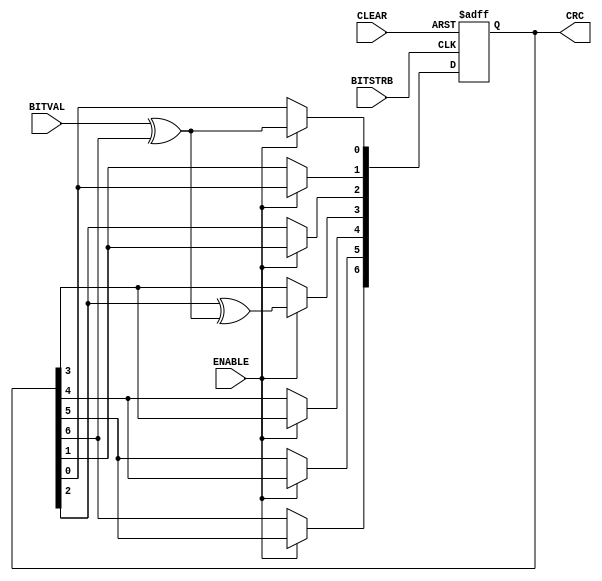
// ==========================================================================
// CRC Generation Unit - Linear Feedback Shift Register implementation
// (c) Kay Gorontzi, GHSi.de, distributed under the terms of LGPL
// ==========================================================================
module sd_crc_7(BITVAL, ENABLE, BITSTRB, CLEAR, CRC);
   input        BITVAL;                            // Next input bit
   input        ENABLE;                            // Enable calculation
   input        BITSTRB;                           // Current bit valid (Clock)
   input        CLEAR;                             // Init CRC value
   output [6:0] CRC;                               // Current output CRC value

   reg    [6:0] CRC;                               // We need output registers
   wire         inv;
   
   assign inv = BITVAL ^ CRC[6];                   // XOR required?
   
   always @(posedge BITSTRB or posedge CLEAR) begin
      if (CLEAR) begin
         CRC <= 0;                                  // Init before calculation
         end
      else begin
         if (ENABLE == 1) begin
             CRC[6] <= CRC[5];
             CRC[5] <= CRC[4];
             CRC[4] <= CRC[3];
             CRC[3] <= CRC[2] ^ inv;
             CRC[2] <= CRC[1];
             CRC[1] <= CRC[0];
             CRC[0] <= inv;
             end
         end
      end
   
endmodule